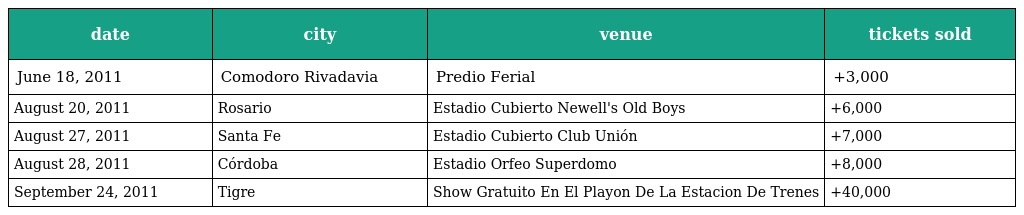
| date | city | venue | tickets sold |
 | --- | --- | --- | --- |
 | June 18, 2011 | Comodoro Rivadavia | Predio Ferial | +3,000 |
 | August 20, 2011 | Rosario | Estadio Cubierto Newell's Old Boys | +6,000 |
 | August 27, 2011 | Santa Fe | Estadio Cubierto Club Unión | +7,000 |
 | August 28, 2011 | Córdoba | Estadio Orfeo Superdomo | +8,000 |
 | September 24, 2011 | Tigre | Show Gratuito En El Playon De La Estacion De Trenes | +40,000 |